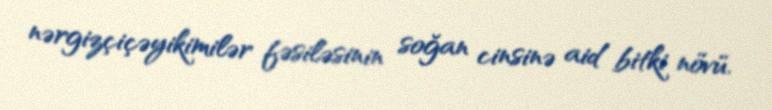
nərgizçiçəyikimilər fəsiləsinin soğan cinsinə aid bitki növü.